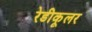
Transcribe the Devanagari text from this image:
रेडीकूलर